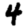
Digit: 4